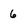
Character: 6